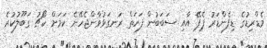
މެޑްރިޑުގެ ޑިފެންޑަރު ޕެޕޭ އާއި ސަބަބުން ފަހަތް ރަނގަޅުވާންޖެހޭނެ ކަމަށް ކޯޗު ގަބޫލުކުރެ